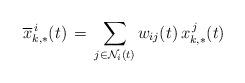
LaTeX: \begin{align*}\overline{x}^{\,i}_{k,*}(t)\,=\,\sum_{j\in\mathcal{N}_{i}(t)}w_{ij}(t)\,{x}_{k,*}^{\,j}(t)\end{align*}